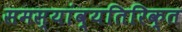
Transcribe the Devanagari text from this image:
समस्यांव्यतिरिक्त